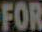
FOR